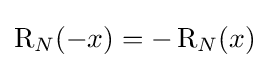
\operatorname {R} _{N}(-x)=-\operatorname {R} _{N}(x)